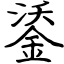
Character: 鋈